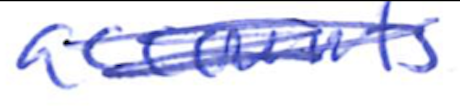
Text: accounts
Cross-out: scratch
Writing tool: ballpoint